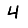
Digit: 4